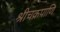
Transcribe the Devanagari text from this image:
श्रीचक्रपाणि